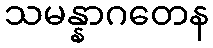
သမန္နာဂတေန